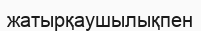
жатырқаушылықпен